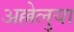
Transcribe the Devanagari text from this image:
अल्लेलुया